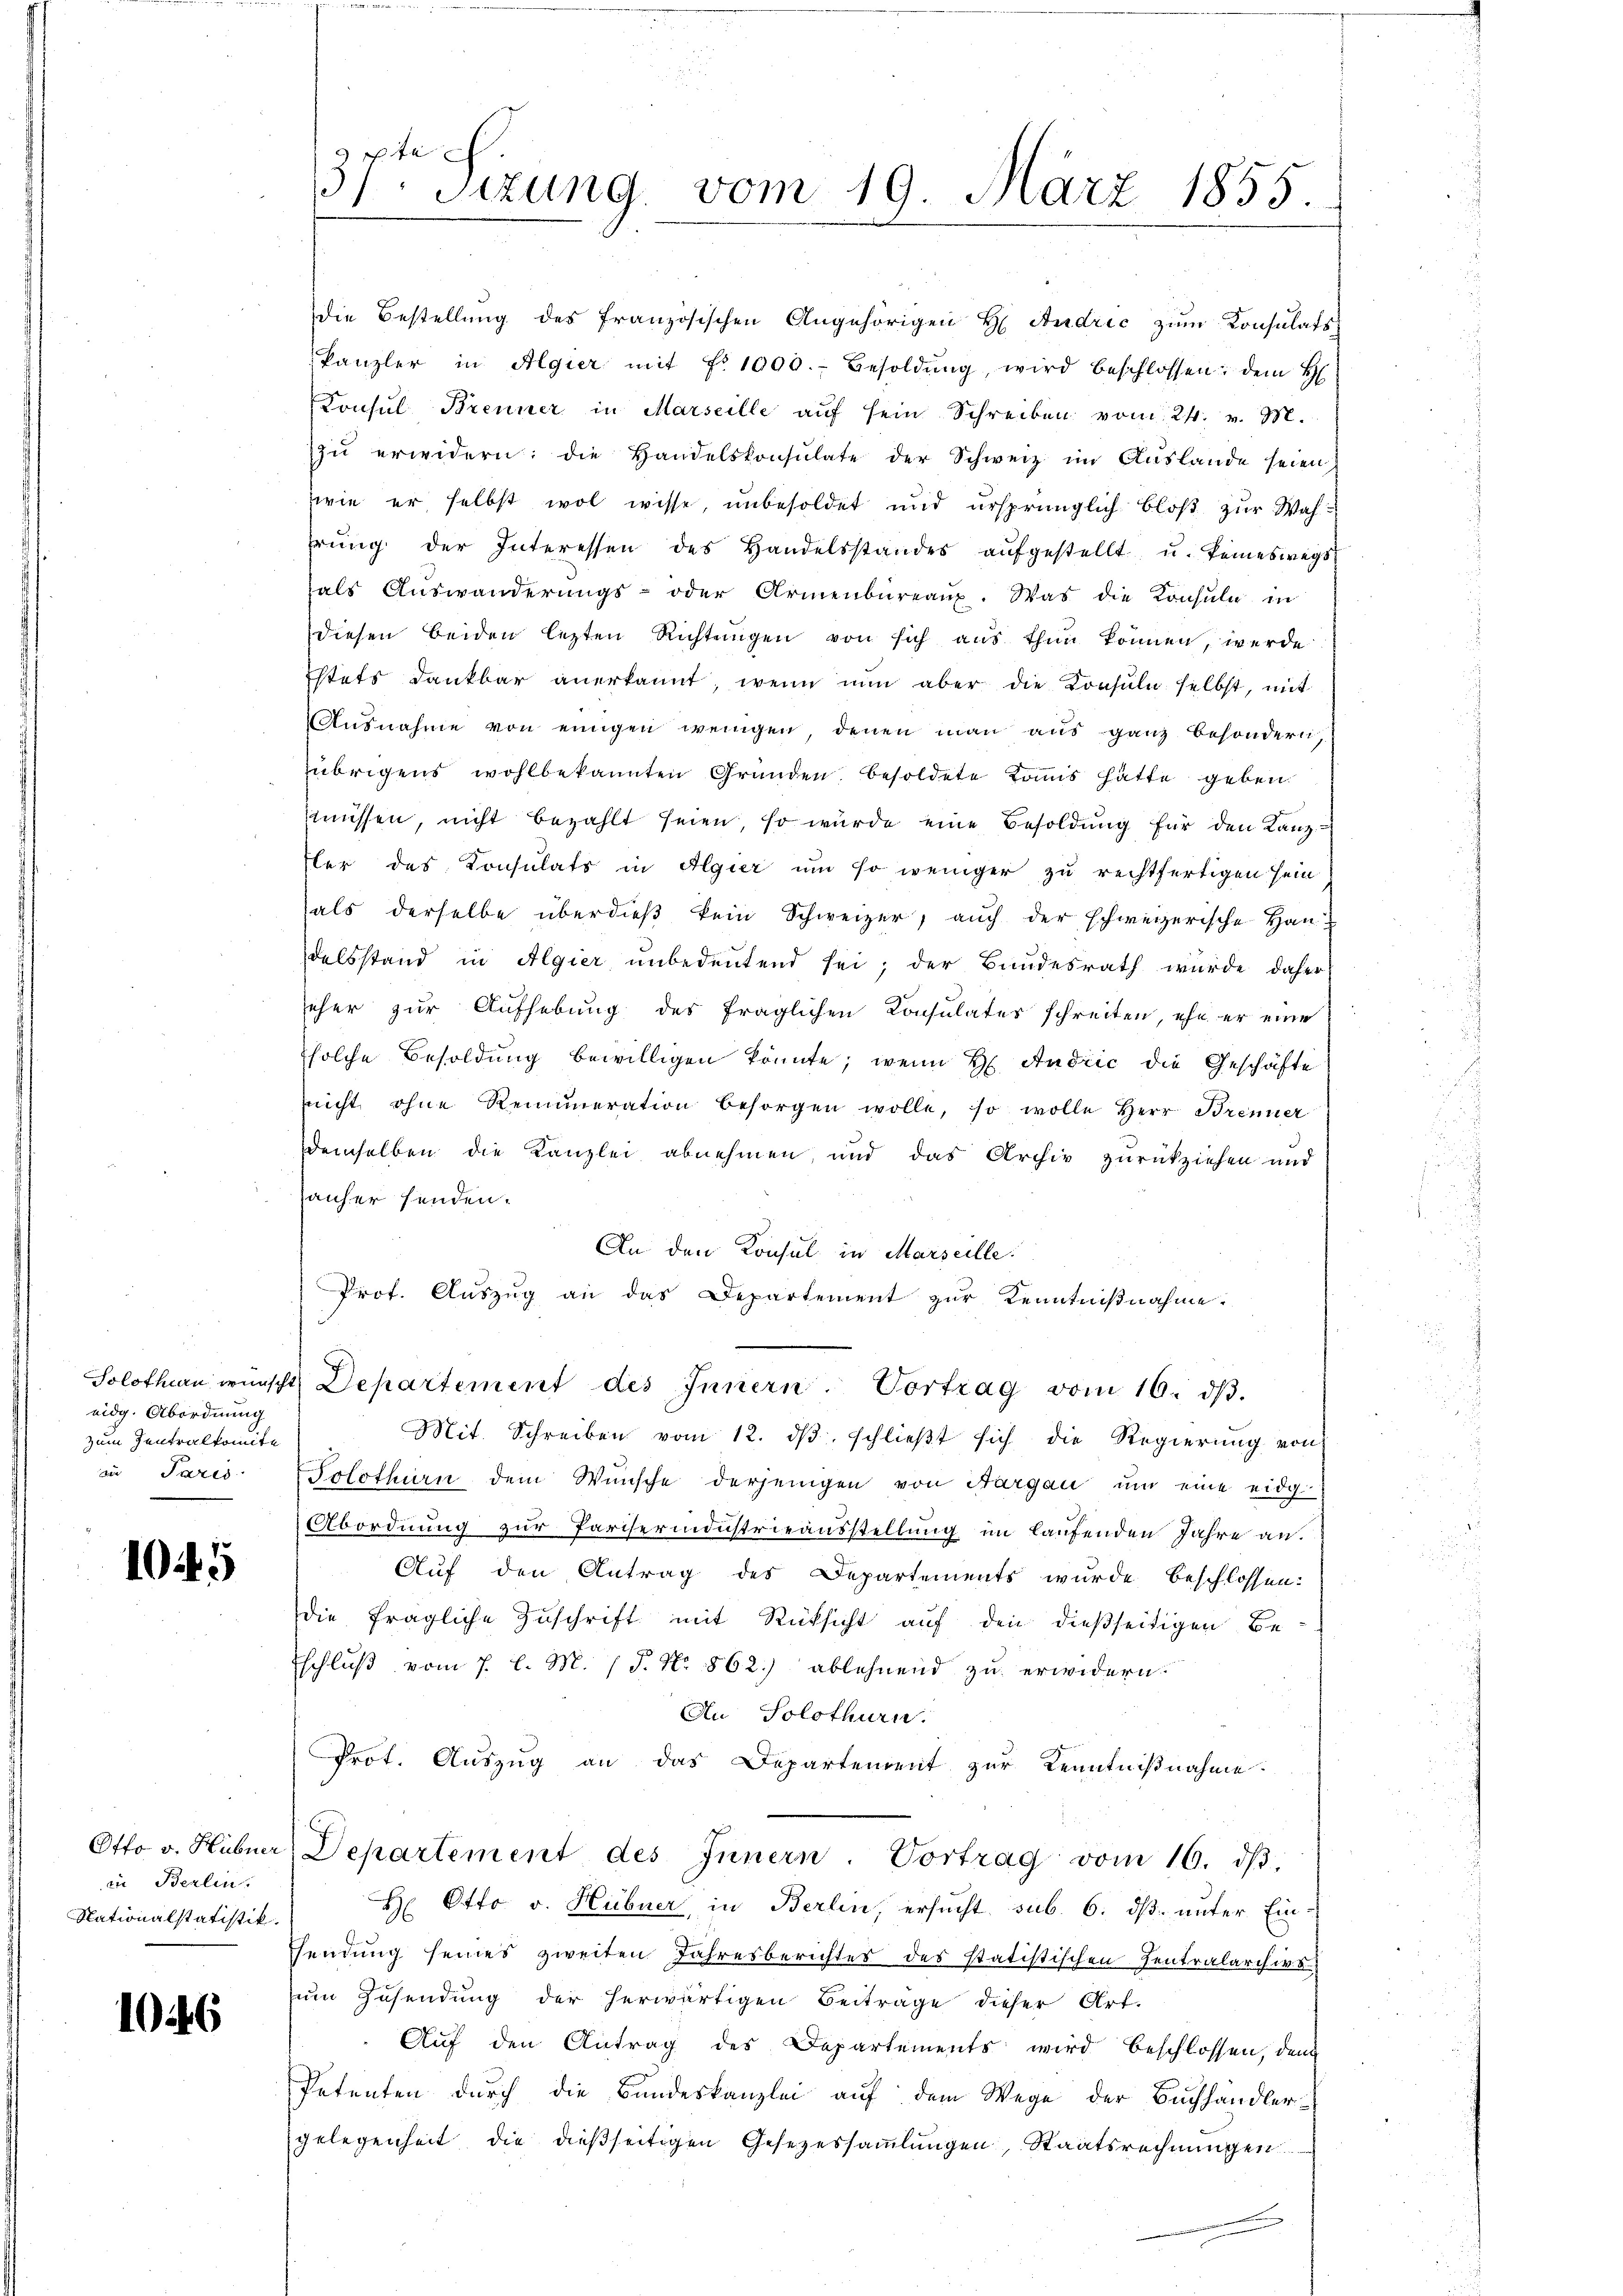
eidg. Abordnung
zum Zentralkomite
in Paris

1045

Otto v. Hübner
in Berlin.
Nationalstatistik.

1046

37ten Sizung vom 19. März 1855.

die Bestellŭng des französischen Angehörigen H. Andrić zŭm Konsulats
kanzler in Algier mit No 1000.- Besoldŭng, wird beschlossen: dem H
Konsul Brenner in Marseille aŭf sein Schreiben vom 24. v. M.
zŭ erwidern: die Handelskonsulate der Schweiz im Auslande seien,
wie er selbst wol wisse, unbesoldet und ursprünglich bloß zur Wahrŭng der Interessen des Handelsstandes aŭfgestellt u. keineswegs
als Aŭswanderŭngs- oder Armenbüreaŭp. Was die Konsŭle in
diesen beiden lezten Richtungen von sich aus thun können, werde
stets dankbar anerkannt, wenn nun aber die Konsuln selbst, mit
Aŭsnahme von einigen wenigen denen man aus ganz besondern.
übrigens wohlbekannten Gründen, besoldete Komis hätte geben.
müssen, nicht bezahlt seien, so würde eine Besoldŭng für den Lanzsler das Konsulats in Algier um so weniger zu rechtfertigen sein
als derselbe überdieß kein Schweizer, auch der schweizerische Han
delsstand in Algier unbedeutend sei; der Bundesrath wurde daher
eher zur Aufhebung des fraglichen Konsulates schreiten, ehe er eine
solche Besoldung bewilligen könnte; wenn H. Andrić die Geschäfte
nicht ohne Remuneration besorgen wolle, so wolle Herr Brenner
demselben die Kanzlei abnehmen, und das Archiv zurückziehen und
hauser senden.
An den Konsul in Marseille.
Prot. Auszug an das Departement zur Kenntnißnahme.
Solothurn wünscht Departement des Innern. Vortrag vom 16. dβ.
Mit. Schreiben vom 12. dβ. schlieβt sich die Regierŭng von
Solothurn dem Wünsche derjenigen von Sargau ŭm eine eidg.
Abordnung zur Pariserindustrieausstellung im laufenden Jahre an.
Auf den Antrag des Departements wurde beschlossen:
die fragliche Zŭschrift mit Rücksicht aŭf den dießseitigen Be-
Eschluß vom 7. l. M. 18. No. 862.) ablehnend zu erwidern.
An Solothurn.
Prot. Auszug an das Departement zur Kenntnißnahme.
Departement des Innern. Vortrag vom 16. dβ.
H Otto v. Hübner, in Berlin, ersucht sub. 6. dß. unter Ein-
sendung seines zweiten Jahresberichtes des statistischen Zentralarchivs
zum Zusendung der herwärtigen Beiträge dieser Art.
Auf den Antrag des Departements wird beschlossen, den
Petenten durch die Bandeskanzlei auf dem Wege der Buchhändlergelegenheit die dießseitigen Gesezessammlungen, Staatsrechnungen